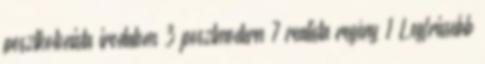
posztkolonista irodalom 3 posztmodern 7 realista regény 1 Legfrissebb